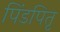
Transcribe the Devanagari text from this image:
पिंडपितृ